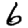
Digit: 6